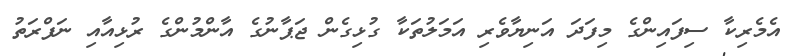
އެމެރިކާ ސިފައިންގެ މިފަދަ އަނިޔާވެރި އަމަލުތަކާ ގުޅިގެން ޖަޕާނުގެ އާންމުންގެ ރުޅިއާއި ނަފްރަތު